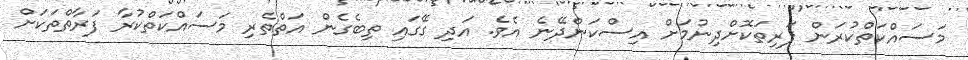
މަސައްކަތްކުރަން ފަރިތަކޮށްދިނުމަށް އިސްކަންދޭނެ އެވެ. އަދި ގޭގައި ތިބެގެން އަތްތެރި މަސައްކަތްކުރާ ފަރާތްތަކަށް